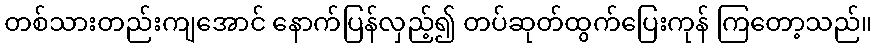
တစ်သားတည်းကျအောင် နောက်ပြန်လှည့်၍ တပ်ဆုတ်ထွက်ပြေးကုန် ကြတော့သည်။